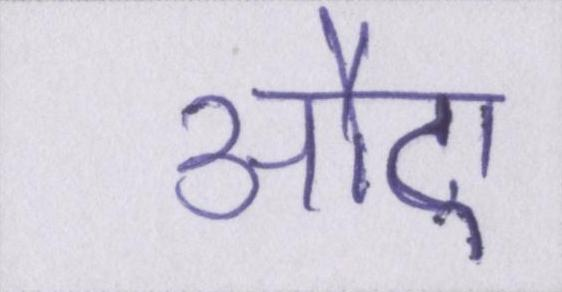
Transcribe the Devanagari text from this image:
औए